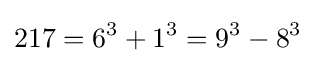
217=6^{3}+1^{3}=9^{3}-8^{3}